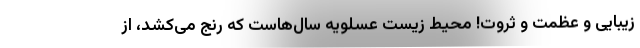
زیبایی و عظمت و ثروت! محیط زیست عسلویه سال‌هاست که رنج می‌کشد، از